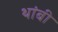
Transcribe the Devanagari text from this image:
थांबी